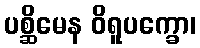
ပစ္ဆိမေန ဝိရူပက္ခော၊